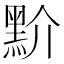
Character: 𪐱